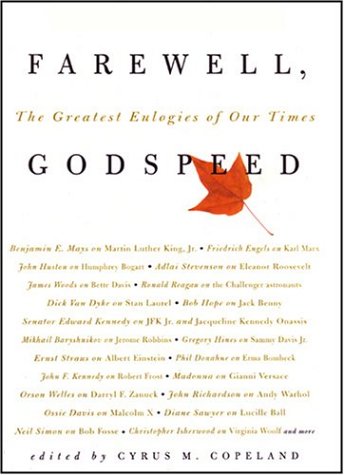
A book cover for Farewell, Godspeed: The Greatest Eulogies of Our Time; Cyrus M. Copeland; Biographies & Memoirs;